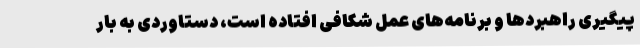
پیگیری راهبردها و برنامه‌های عمل شکافی افتاده است، دستاوردی به بار